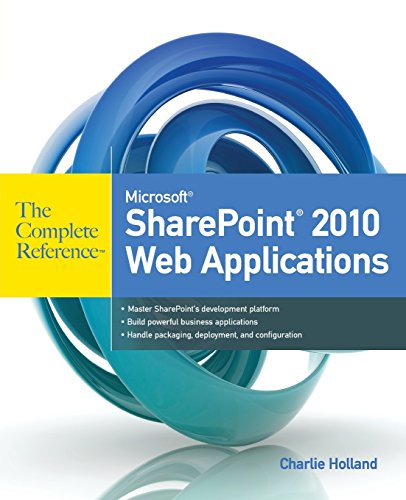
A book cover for Microsoft SharePoint 2010 Web Applications The Complete Reference; Charlie Holland; Computers & Technology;